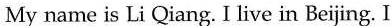
My name is Li Qiang. I live in Beijing. I